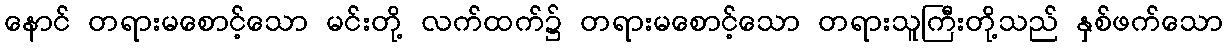
နောင် တရားမစောင့်သော မင်းတို့ လက်ထက်၌ တရားမစောင့်သော တရားသူကြီးတို့သည် နှစ်ဖက်သော